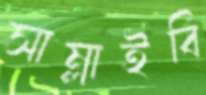
সাম্‌লাইবি